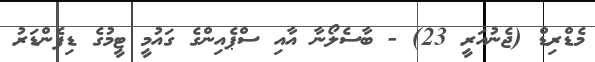
މެޑްރިޑް (ޖެނުއަރީ 23) - ބާސެލޯނާ އާއި ސްޕެއިންގެ ގައުމީ ޓީމުގެ ޑިފެންޑަރު